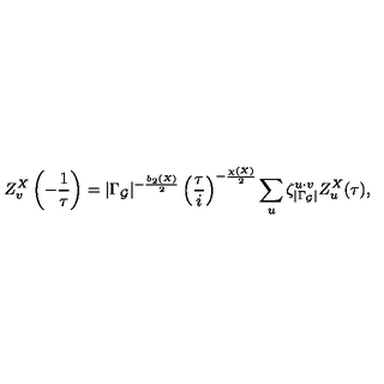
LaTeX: Z _ { v } ^ { X } \left( - \frac { 1 } { \tau } \right) = \vert \Gamma _ { \cal G } \vert ^ { - \frac { b _ { 2 } ( X ) } { 2 } } \left( \frac { \tau } { i } \right) ^ { - \frac { \chi ( X ) } { 2 } } \sum _ { u } \zeta _ { | \Gamma _ { \cal G } | } ^ { u \cdot v } Z _ { u } ^ { X } ( \tau ) ,